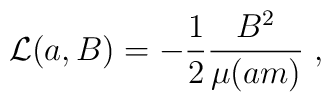
{\cal L}(a,B) = -\frac{1}{2}\frac{B^2}{\mu(am)} \; ,